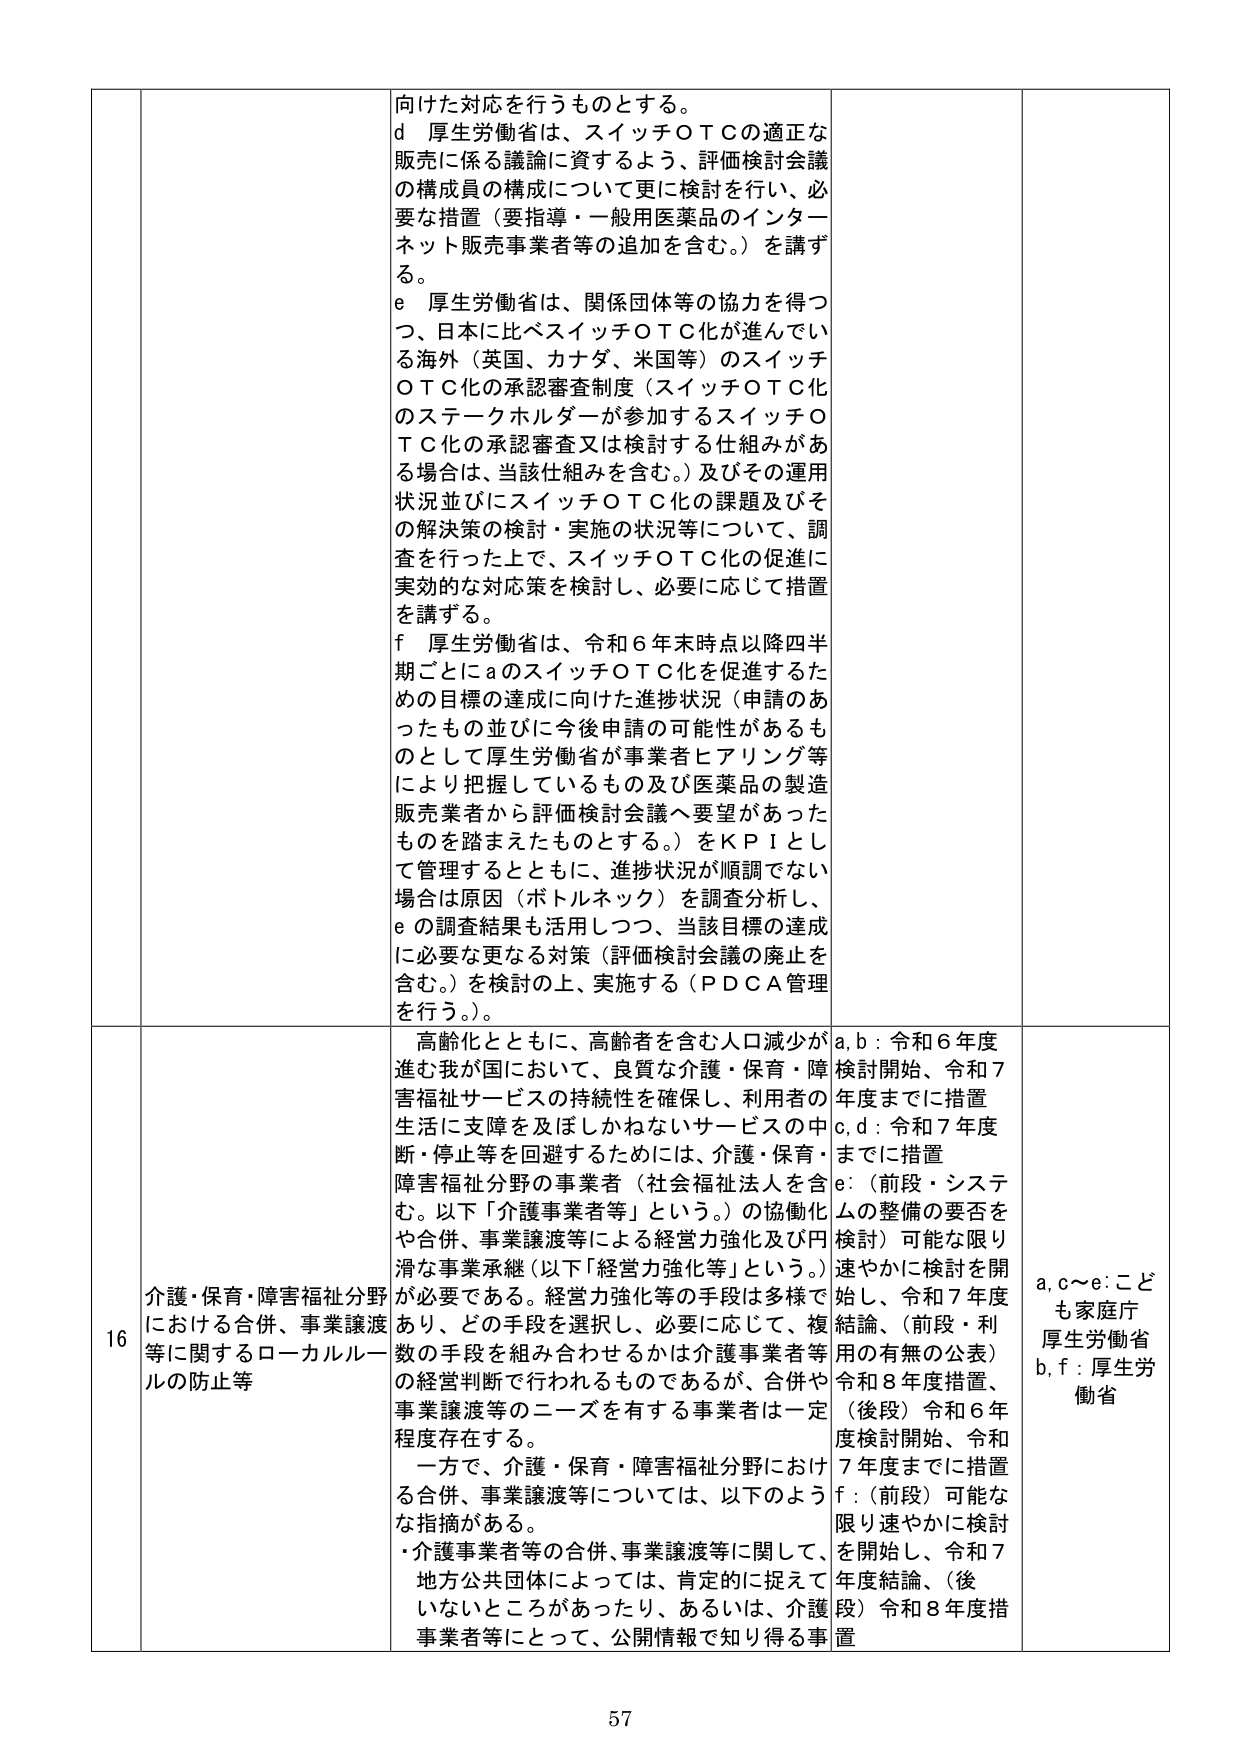
向けた対応を行うものとする。
d 厚生労働省は、スイッチＯＴＣの適正な販売に係る議論に資するよう、評価検討会議の構成員の構成について更に検討を行い、必要な措置（要指導・一般用医薬品のインターネット販売事業者等の追加を含む。）を講ずる。
e 厚生労働省は、関係団体等の協力を得つつ、日本に比べスイッチＯＴＣ化が進んでいる海外（英国、カナダ、米国等）のスイッチＯＴＣ化の承認審査制度（スイッチＯＴＣ化のステークホルダーが参加するスイッチＯＴＣ化の承認審査又は検討する仕組みがある場合は、当該仕組みを含む。）及びその運用状況並びにスイッチＯＴＣ化の課題及びその解決策の検討・実施の状況等について、調査を行った上で、スイッチＯＴＣ化の促進に実効的な対応策を検討し、必要に応じて措置を講ずる。
f 厚生労働省は、令和６年末時点以降四半期ごとにａのスイッチＯＴＣ化を促進するための目標の達成に向けた進捗状況（申請のあったもの並びに今後申請の可能性があるものとして厚生労働省が事業者ヒアリング等により把握しているもの及び医薬品の製造販売業者から評価検討会議へ要望があったものを踏まえたものとする。）をＫＰＩとして管理するとともに、進捗状況が順調でない場合は原因（ボトルネック）を調査分析し、ｅの調査結果も活用しつつ、当該目標の達成に必要な更なる対策（評価検討会議の廃止を含む。）を検討の上、実施する（ＰＤＣＡ管理を行う。）。

16 介護・保育・障害福祉分野における合併、事業譲渡等に関するローカルルールの防止等
高齢化とともに、高齢者を含む人口減少が進む我が国において、良質な介護・保育・障害福祉サービスの持続性を確保し、利用者の生活に支障を及ぼしかねないサービスの中断・停止等を回避するためには、介護・保育・障害福祉分野の事業者（社会福祉法人を含む。以下「介護事業者等」という。）の協働化や合併、事業譲渡等による経営力強化及び円滑な事業承継（以下「経営力強化等」という。）が必要である。経営力強化等の手段は多様であり、どの手段を選択し、必要に応じて、複数の手段を組み合わせるかは介護事業者等の経営判断で行われるものであるが、合併や事業譲渡等のニーズを有する事業者は一定程度存在する。
一方で、介護・保育・障害福祉分野における合併、事業譲渡等については、以下のような指摘がある。
・介護事業者等の合併、事業譲渡等に関して、地方公共団体によっては、肯定的に捉えていないところがあったり、あるいは、介護事業者等にとって、公開情報で知り得る事

a, b：令和６年度検討開始、令和７年度までに措置
c, d：令和７年度までに措置
e：（前段・システムの整備の要否を検討）可能な限り速やかに検討を開始し、令和７年度結論、（前段・利用の有無の公表）令和８年度措置、（後段）令和６年度検討開始、令和７年度までに措置
f：（前段）可能な限り速やかに検討を開始し、令和７年度結論、（後段）令和８年度措置

a, c～e：こども家庭庁
厚生労働省
b, f：厚生労働省

57